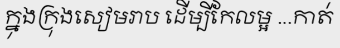
ក្នុងក្រុងសៀមរាប ដើម្បីកែលម្អ ...កាត់